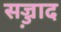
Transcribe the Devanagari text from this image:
सज्ज़ाद